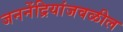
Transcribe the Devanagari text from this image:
जननेंद्रियांजवळील